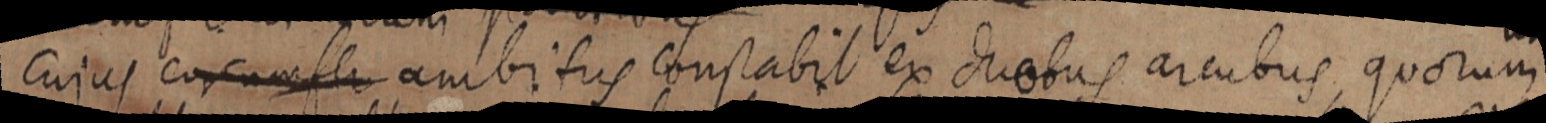
cujus cor ambitus constabit ex duobus arcubus, quorum